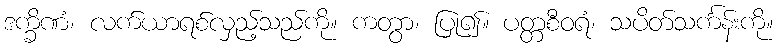
ဒက္ခိဏံ၊ လက်ယာရစ်လှည့်သည်ကို။ ကတွာ၊ ပြု၍။ ပတ္တစီဝရံ၊ သပိတ်သင်္ကန်းကို။